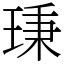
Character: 𤦋